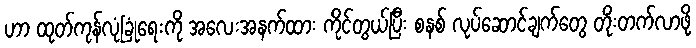
ဟာ ထုတ်ကုန်လုံခြုံရေးကို အလေးအနက်ထား ကိုင်တွယ်ပြီး စနစ် လုပ်ဆောင်ချက်တွေ တိုးတက်လာဖို့